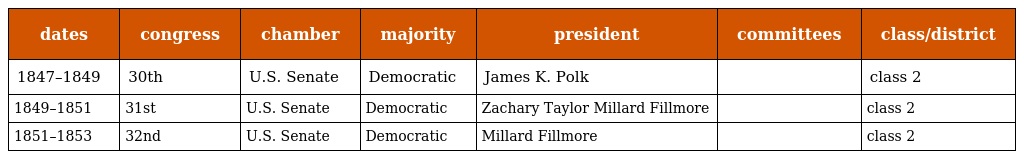
| dates | congress | chamber | majority | president | committees | class/district |
 | --- | --- | --- | --- | --- | --- | --- |
 | 1847–1849 | 30th | U.S. Senate | Democratic | James K. Polk |  | class 2 |
 | 1849–1851 | 31st | U.S. Senate | Democratic | Zachary Taylor Millard Fillmore |  | class 2 |
 | 1851–1853 | 32nd | U.S. Senate | Democratic | Millard Fillmore |  | class 2 |